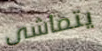
يتماشى